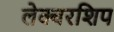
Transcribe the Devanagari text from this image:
लेक्चरशिप